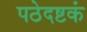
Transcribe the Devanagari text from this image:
पठेदष्टकं